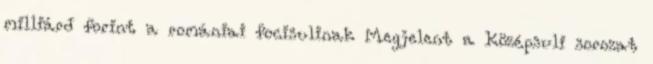
milliárd forint a romániai focisulinak Megjelent a Középsuli sorozat